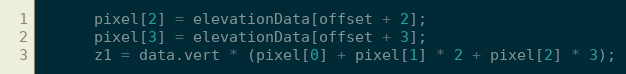
Language: JavaScript
      pixel[2] = elevationData[offset + 2];
      pixel[3] = elevationData[offset + 3];
      z1 = data.vert * (pixel[0] + pixel[1] * 2 + pixel[2] * 3);